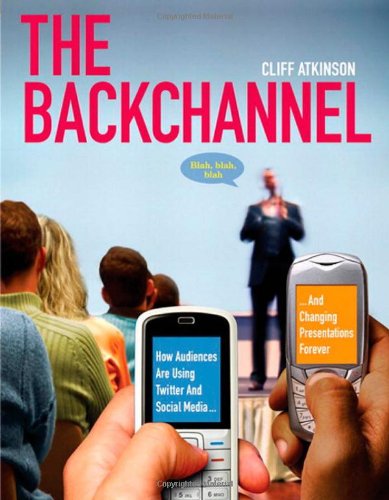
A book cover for The Backchannel: How Audiences are Using Twitter and Social Media and Changing Presentations Forever; Cliff Atkinson; Computers & Technology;